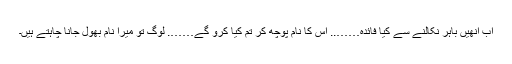
اب انھیں باہر نکالنے سے کیا فائدہ…….. اس کا نام پوچھ کر تم کیا کرو گے……. لوگ تو میرا نام بھول جانا چاہتے ہیں۔